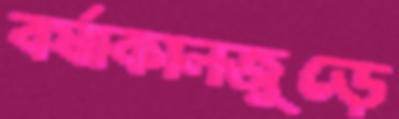
বর্ষাকালজুড়ে